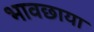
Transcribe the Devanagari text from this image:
भावछाया